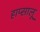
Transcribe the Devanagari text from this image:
हाप्सालू